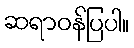
ဆရာဝန်ပြပါ။